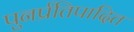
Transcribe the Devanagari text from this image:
पुनर्प्रतिपादित